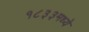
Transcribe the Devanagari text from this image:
१८३३मध्ये